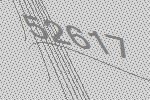
52617